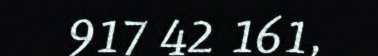
917 42 161,